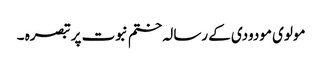
مولوی مودودی کے رسالہ ختم نبوت پر تبصرہ ۔